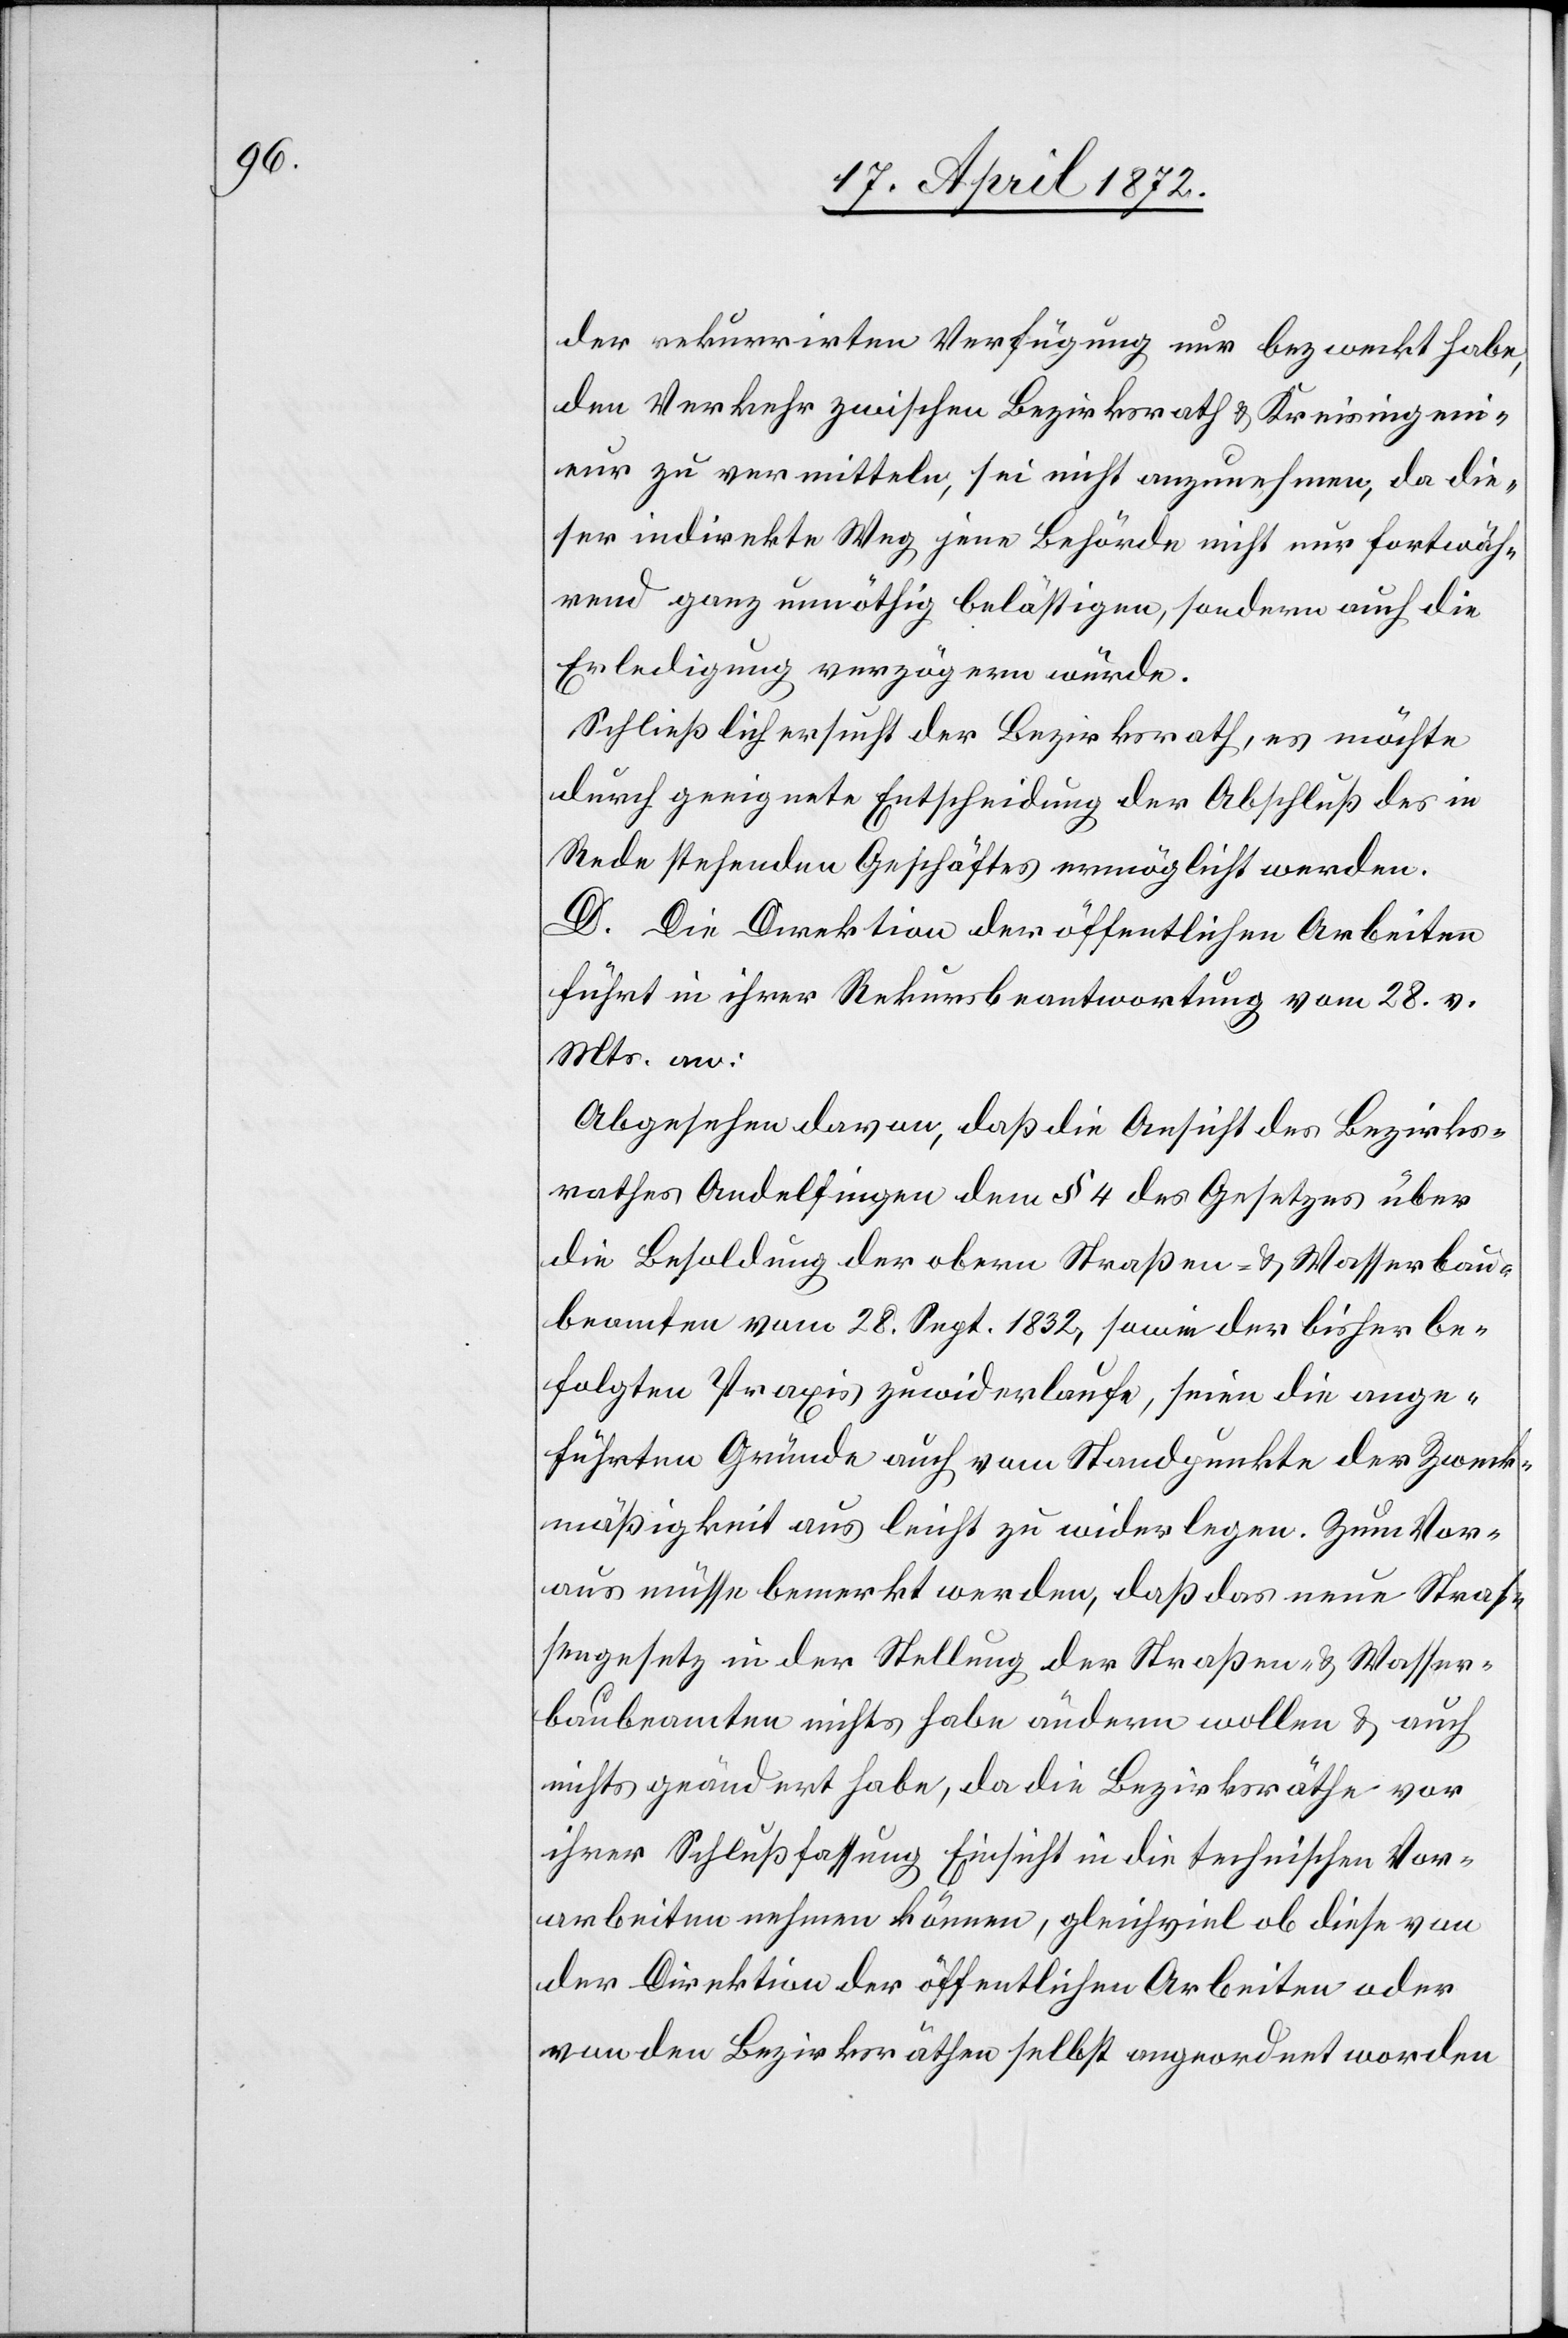
der rekurrirten Verfügung nur bezweckt habe,
den Verkehr zwischen Bezirksrath u. Kreisingeni¬
eur zu vermitteln, sei nicht anzunehmen, da die¬
ser indirekte Weg jene Behörde nicht nur fortwäh¬
rend ganz unnöthig belästigen, sondern auch die
Erledigung verzögern würde.
Schließlich ersucht der Bezirksrath, es möchte
durch geeignete Entscheidung der Abschluß des in
Rede stehenden Geschäftes ermöglicht werden.
D. Die Direktion der öffentlichen Arbeiten
führt in ihrer Rekursbeantwortung vom 28. v.
Mts. an:
Abgesehen davon, daß die Ansicht des Bezirks¬
rathes Andelfingen dem § 4 des Gesetzes über
die Besoldung der obern Straßen- u. Wasserbau¬
beamten vom 28. Sept. 1832, sowie der bisher be¬
folgten Praxis zuwiderlaufe, seien die ange¬
führten Gründe auch vom Standpunkte der Zweck¬
mäßigkeit aus leicht zu widerlegen. Zum Vor¬
aus müsse bemerkt werden, daß das neue Straß¬
engesetz in der Stellung der Straßen- u. Wasser¬
baubeamten nichts habe ändern wollen u. auch
nichts geändert habe, da die Bezirksräthe vor
ihrer Schlußfassung Einsicht in die technischen Vor¬
arbeiten nehmen können, gleichviel ob diese von
der Direktion der öffentlichen Arbeiten oder
von den Bezirksräthen selbst angeordnet worden